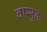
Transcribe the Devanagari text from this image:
वासुक